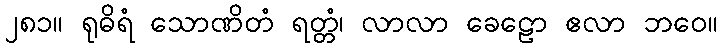
၂၈၁။ ရုဓိရံ သောဏိတံ ရတ္တံ၊ လာလာ ခေဠော ဧလာ ဘဝေ။